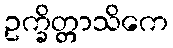
ဥက္ခိတ္တာသိကေ